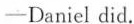
—Daniel did.